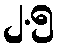
၂.၅